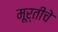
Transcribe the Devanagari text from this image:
मूर्तीचेे